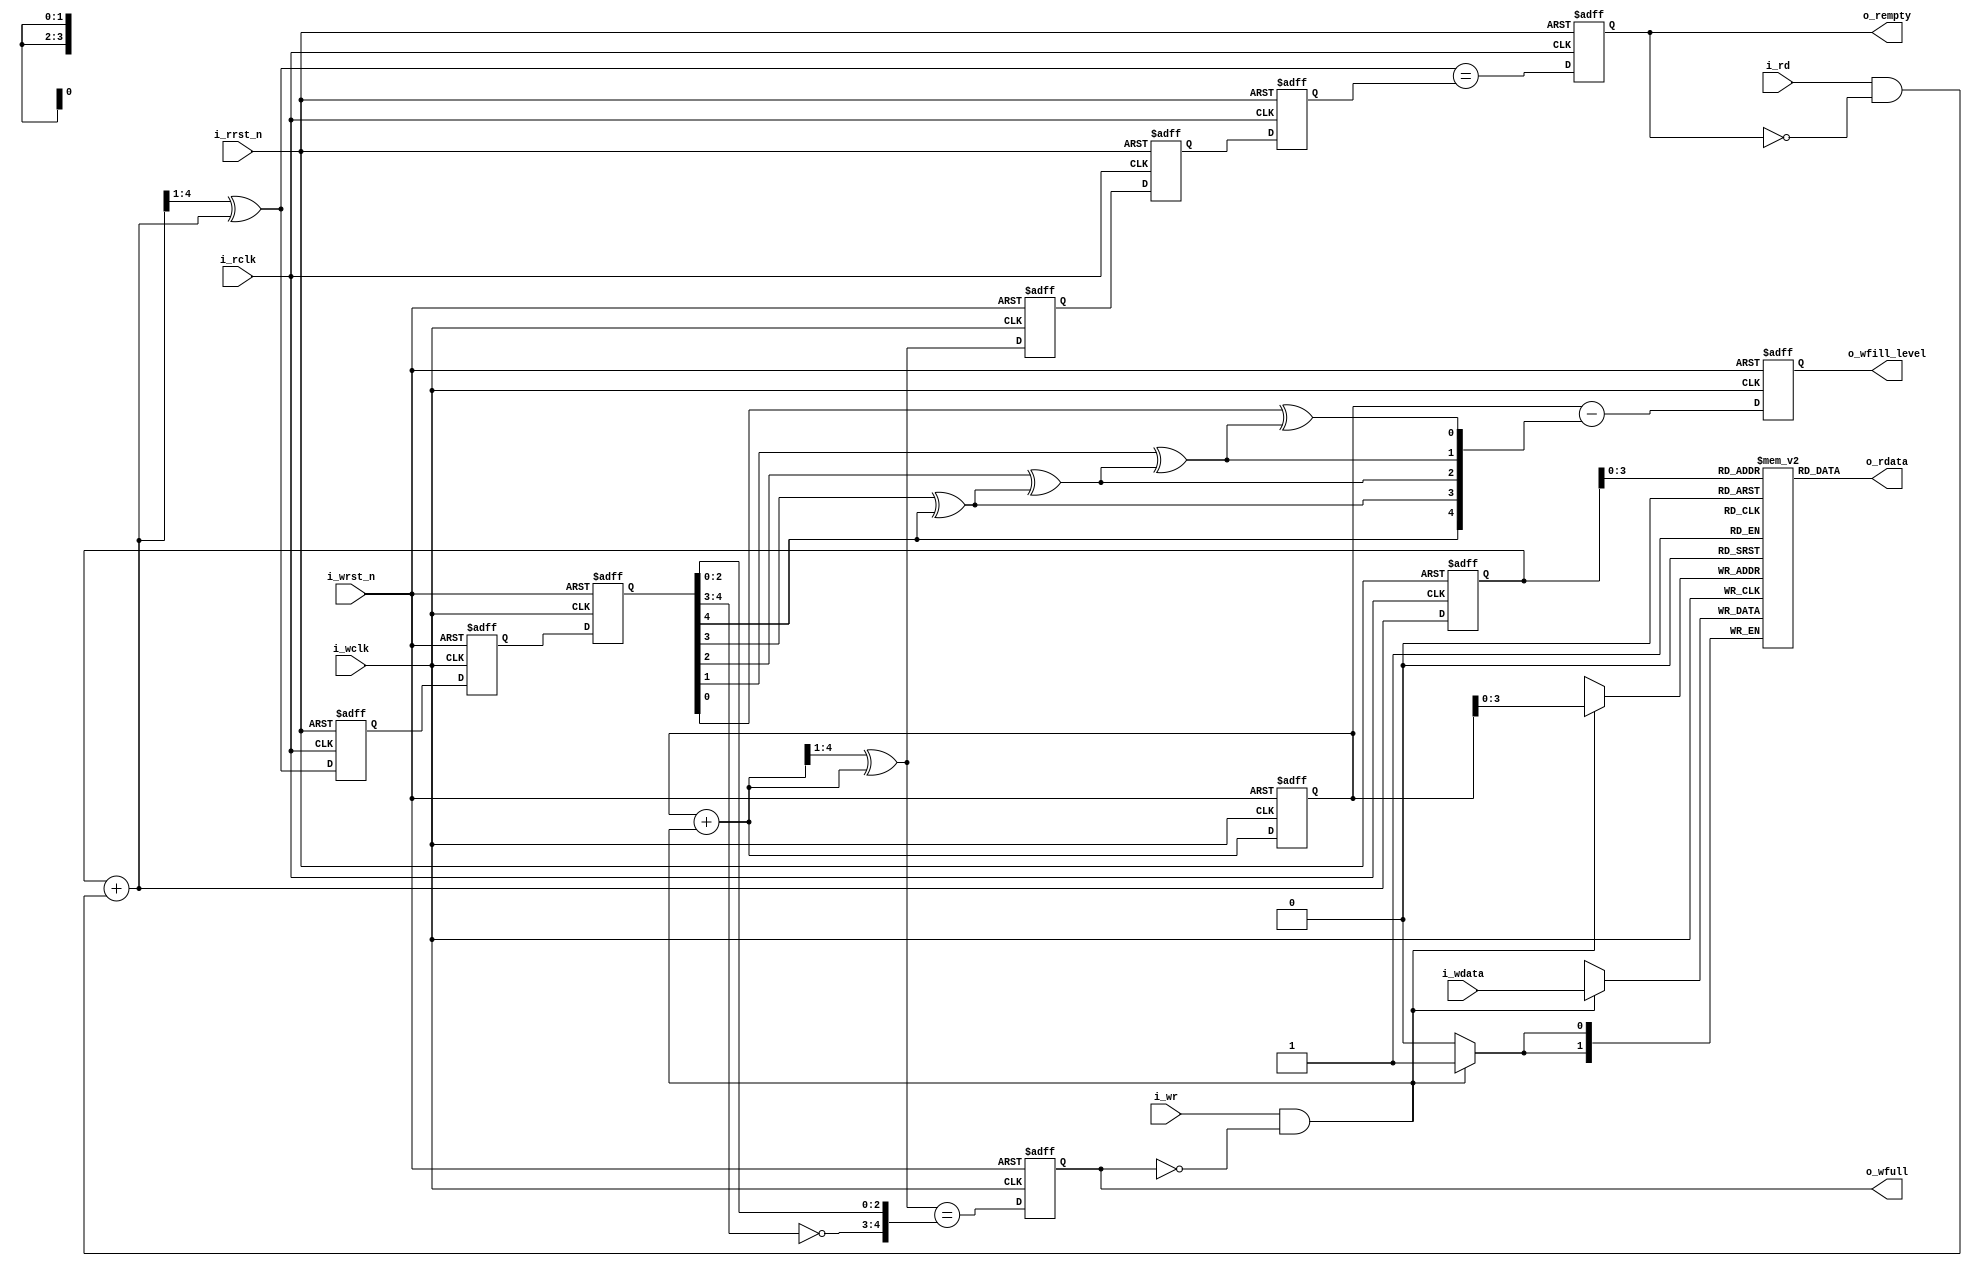
module atxfifo #(
		// {{{
		parameter	DSIZE = 2,
				ASIZE = 4,
		localparam	DW = DSIZE,
				AW = ASIZE
		// }}}
	) (
		// {{{
		input	wire			i_wclk, i_wrst_n, i_wr,
		input	wire	[DW-1:0]	i_wdata,
		output	reg			o_wfull,
		output	reg	[AW:0]		o_wfill_level,
		input	wire			i_rclk, i_rrst_n, i_rd,
		output	wire	[DW-1:0]	o_rdata,
		output	reg			o_rempty
		// }}}
	);

	// Local declarations
	// {{{
	wire	[AW-1:0]	waddr, raddr;
	wire			wfull_next, rempty_next;
	reg	[AW:0]		wgray, wbin, wq2_rgray, wq1_rgray,
				rgray, rbin, rq2_wgray, rq1_wgray;

`ifndef	F_ABSTRACT
	reg	[DW-1:0]	mem	[0:((1<<AW)-1)];
`endif

	wire	[AW:0]		wgraynext, wbinnext;
	reg	[AW:0]	wq2_rbin;

	wire	[AW:0]		rgraynext, rbinnext;

	// }}}
	////////////////////////////////////////////////////////////////////////
	//
	// Write logic
	// {{{
	////////////////////////////////////////////////////////////////////////
	//
	//


	//
	// wq?_rgray: Cross clock domains
	// {{{
	// Cross the read gray pointer into the write clock domain
	initial	{ wq2_rgray,  wq1_rgray } = 0;
	always @(posedge i_wclk or negedge i_wrst_n)
	if (!i_wrst_n)
		{ wq2_rgray, wq1_rgray } <= 0;
	else
		{ wq2_rgray, wq1_rgray } <= { wq1_rgray, rgray };
	// }}}

	// Calculate the next write address, and the next graycode pointer.
	assign	wbinnext  = wbin + { {(AW){1'b0}}, ((i_wr) && (!o_wfull)) };
	assign	wgraynext = (wbinnext >> 1) ^ wbinnext;

	assign	waddr = wbin[AW-1:0];

	// wbin, wgray: Register these two values--the address and its gray code
	// {{{
	// representation
	initial	{ wbin, wgray } = 0;
	always @(posedge i_wclk or negedge i_wrst_n)
	if (!i_wrst_n)
		{ wbin, wgray } <= 0;
	else
		{ wbin, wgray } <= { wbinnext, wgraynext };
	// }}}

	assign	wfull_next = (wgraynext == { ~wq2_rgray[AW:AW-1],
				wq2_rgray[AW-2:0] });

	//
	// o_wfull: Calculate whether or not the register will be full on
	// {{{
	// the next clock.
	initial	o_wfull = 0;
	always @(posedge i_wclk or negedge i_wrst_n)
	if (!i_wrst_n)
		o_wfull <= 1'b0;
	else
		o_wfull <= wfull_next;
	// }}}

	//
	// o_wfill_level: Calculate just how full we are
	// {{{
	// We'll allow this to be a clock or two out of date, allowing the
	// feeding circuit to set a threshold to stop with.
	integer	g2b;
	always @(*)
	begin
		wq2_rbin[AW] = wq2_rgray[AW];
		for(g2b=AW-1; g2b>=0; g2b=g2b-1)
		begin
			wq2_rbin[g2b] = wq2_rgray[g2b] ^ wq2_rbin[g2b+1];
		end
	end

	initial	o_wfill_level = 0;
	always @(posedge i_wclk or negedge i_wrst_n)
	if (!i_wrst_n)
		o_wfill_level <= 0;
	else
		o_wfill_level <= wbin - wq2_rbin;
	// }}}

	// Write to the FIFO on a clock
	// {{{
`ifndef	ABSTRACT
	always @(posedge i_wclk)
	if ((i_wr)&&(!o_wfull))
		mem[waddr] <= i_wdata;
`endif
	// }}}
	// }}}
	////////////////////////////////////////////////////////////////////////
	//
	// Read logic
	// {{{
	////////////////////////////////////////////////////////////////////////
	//
	//

	//
	// rq?_wgray: Cross clock domains
	// {{{
	// Cross the write gray pointer into the read clock domain
	initial	{ rq2_wgray,  rq1_wgray } = 0;
	always @(posedge i_rclk or negedge i_rrst_n)
	if (!i_rrst_n)
		{ rq2_wgray, rq1_wgray } <= 0;
	else
		{ rq2_wgray, rq1_wgray } <= { rq1_wgray, wgray };
	// }}}

	// Calculate the next read address,
	assign	rbinnext  = rbin + { {(AW){1'b0}}, ((i_rd)&&(!o_rempty)) };
	// and the next gray code version associated with it
	assign	rgraynext = (rbinnext >> 1) ^ rbinnext;

	// rbin, rgray -- Register these two values, the read address and the
	// {{{
	// gray code version of it, on the next read clock.  They need to be
	// registered, since rgray is about to cross clock domains next.
	//
	initial	{ rbin, rgray } = 0;
	always @(posedge i_rclk or negedge i_rrst_n)
	if (!i_rrst_n)
		{ rbin, rgray } <= 0;
	else
		{ rbin, rgray } <= { rbinnext, rgraynext };
	// }}}

	// Memory read address gray code and pointer calculation
	assign	raddr = rbin[AW-1:0];

	// Determine if we'll be empty on the next clock
	// {{{
	assign	rempty_next = (rgraynext == rq2_wgray);

	initial o_rempty = 1;
	always @(posedge i_rclk or negedge i_rrst_n)
	if (!i_rrst_n)
		o_rempty <= 1'b1;
	else
		o_rempty <= rempty_next;
	// }}}

	//
	// Read from the memory--a clockless read here, clocked by the next
	// {{{
	// read FLOP in the next processing stage (somewhere else)
	//
`ifdef	ABSTRACT
	assign	o_rdata = $anyseq;
	always @($global_clock)
	if ((!o_rempty)&&(!$rose(i_rclk))&&(!i_rd))
		assume($stable(o_rdata));
`else
	assign	o_rdata = mem[raddr];
`endif
	// }}}
	// }}}
////////////////////////////////////////////////////////////////////////////////
////////////////////////////////////////////////////////////////////////////////
////////////////////////////////////////////////////////////////////////////////
//
// Formal properties
// {{{
////////////////////////////////////////////////////////////////////////////////
////////////////////////////////////////////////////////////////////////////////
////////////////////////////////////////////////////////////////////////////////

`ifdef	FORMAL
`ifdef	ATXFIFO
`define	ASSUME	assume
`define	ASSERT	assert
`else
`define	ASSUME	assert
`define	ASSERT	assume
`endif
	//
	// Set up the f_past_valid registers.  We'll need one for each of
	// the three clock domains: write, read, and the global simulation
	// clock.
	//
	reg	f_past_valid_rd, f_past_valid_wr, f_past_valid_gbl;

	initial	f_past_valid_rd  = 0;
	initial	f_past_valid_wr  = 0;
	initial	f_past_valid_gbl = 0;
	always @($global_clock)
		f_past_valid_gbl <= 1'b1;
	always @(posedge i_wclk)
		f_past_valid_wr  <= 1'b1;
	always @(posedge i_rclk)
		f_past_valid_rd  <= 1'b1;

	always @(*)
	if (!f_past_valid_gbl)
		assert((!f_past_valid_wr)&&(!f_past_valid_rd));

`ifdef	ATXFIFO
	////////////////////////////////
	//
	// Setup the two clocks themselves.  We'll assert nothing regarding
	// their relative phases or speeds.
	//
	////////////////////////////////
	//
	localparam	F_CLKBITS=5;
	wire	[F_CLKBITS-1:0]	f_wclk_step, f_rclk_step;
	assign	f_wclk_step = $anyconst;
	assign	f_rclk_step = $anyconst;
	always @(*)
		assume(f_wclk_step != 0);
	always @(*)
		assume(f_rclk_step != 0);

	reg	[F_CLKBITS-1:0]	f_wclk_count, f_rclk_count;

	always @($global_clock)
		f_wclk_count <= f_wclk_count + f_wclk_step;
	always @($global_clock)
		f_rclk_count <= f_rclk_count + f_rclk_step;

	always @(*)
	begin
		assume(i_wclk == f_wclk_count[F_CLKBITS-1]);
		assume(i_rclk == f_rclk_count[F_CLKBITS-1]);
	end

	////////////////////////////////
	//
	// Assumptions regarding the two reset inputs.  We'll insist that
	// the reset inputs follow some external reset logic, and that both
	// may be asynchronously asserted from that external reset wire, and
	// only ever synchronously de-asserted.
	//
	////////////////////////////////
	//
	wire	f_areset_n;
	assign	f_areset_n = $anyseq;

	reg	[1:0]	f_sync_reset_rd, f_sync_reset_wr;

	// Write reset--asynchronously asserted on f_areset_n, synchronously
	// deasserted
	initial	f_sync_reset_wr = 2'b00;
	always @(posedge i_wclk or negedge f_areset_n)
	begin
		if (!f_areset_n)
			f_sync_reset_wr <= 2'b00;
		else
			f_sync_reset_wr <= { f_sync_reset_wr[0], 1'b1 };
	end

	// f_sync_reset_wr can never be in state 2'b10, assert that
	// fact to keep induction working
	always @(*)
		assert(f_sync_reset_wr != 2'b10);

	always @(*)
		assume(i_wrst_n == f_sync_reset_wr[1]);

	// Write reset--asynchronously asserted on f_areset_n, synchronously
	// deasserted
	initial	f_sync_reset_rd = 2'b00;
	always @(posedge i_rclk or negedge f_areset_n)
	begin
		if (!f_areset_n)
			f_sync_reset_rd <= 2'b00;
		else
			f_sync_reset_rd <= { f_sync_reset_rd[0], 1'b1 };
	end
	always @(*)
		assume(i_rrst_n == f_sync_reset_rd[1]);

	// f_sync_reset_rd, like f_sync_reset_wr, can never be in state 2'b10,
	// assert that fact to keep induction working
	always @(*)
		assert(f_sync_reset_rd != 2'b10);
`endif


	////////////////////////////////////////////////////
	//
	// Now let's make some assumptions about how our inputs can only ever
	// change on a clock edge.
	//
	////////////////////////////////////////////////////
	//
	always @($global_clock)
	if (f_past_valid_gbl)
	begin
		if (!$rose(i_wclk))
		begin
			`ASSUME($stable(i_wr));
			`ASSUME($stable(i_wdata));
			`ASSERT($stable(o_wfull)||(!i_wrst_n));
		end

		if ((!$rose(i_rclk))&&($stable(i_rrst_n)))
		begin
			`ASSUME($stable(i_rd));
			`ASSERT((o_rempty)||($stable(o_rdata)));
			`ASSERT((!i_rrst_n)||($stable(o_rempty)));
		end
	end


	////////////////////////////////////////////////////
	//
	// Following any reset, several values must be in a known
	// configuration--including cross clock values.  assert
	// those here to insure a consistent state, to include the
	// states of their cross-clock domain counterparts.
	//
	////////////////////////////////////////////////////
	//
	always @(*)
	if ((!f_past_valid_wr)||(!i_wrst_n))
	begin
		`ASSUME(i_wr == 0);
		//
		`ASSERT(wgray == 0);
		`ASSERT(wbin == 0);
		`ASSERT(wq1_rgray == 0);
		`ASSERT(wq2_rgray == 0);
		`ASSERT(rq1_wgray == 0);
		`ASSERT(rq2_wgray == 0);
	end

	always @(*)
	if ((!f_past_valid_rd)||(!i_rrst_n))
	begin
		`ASSUME(i_rd == 0);
		//
		`ASSERT(rgray == 0);
		`ASSERT(rbin == 0);
		`ASSERT(rq1_wgray == 0);
		`ASSERT(rq2_wgray == 0);
		`ASSERT(wq1_rgray == 0);
		`ASSERT(wq2_rgray == 0);
	end

	////////////////////////////////////////////////////
	//
	// Calculate the fill level of the FIFO.
	//
	////////////////////////////////////////////////////
	//
	//
	// First, let's examine the asynchronous fill.  This is the "true"
	// fill of the FIFO that's never really known in either clock domain,
	// but we can fake it here in our "formal" environment.
	wire	[AW:0]		f_fill;

	assign	f_fill = (wbin - rbin);

	initial	assert(f_fill == 0);
	always @($global_clock)
		`ASSERT(f_fill <= { 1'b1, {(AW){1'b0}} });

	// Any time the FIFO is full, o_wfull should be true.  It may take a
	// clock or two to clear, though, so this is an implication and not
	// an equals.
	always @(*)
	if (f_fill == {1'b1,{(AW){1'b0}} })
		`ASSERT(o_wfull);

	// If the FIFO is about to be full, the logic should be able
	// to detect that condition.
	always @(*)
	if (f_fill == {1'b0,{(AW){1'b1}} })
		`ASSERT((wfull_next)||(!i_wr)||(o_wfull));

	// Any time the FIFO is empty, o_rempty should be true.  It may be
	// asserted true at other times as well (i.e. there's a lag before
	// its cleared), so this is an implication and not an equals.
	always @(*)
	if (f_fill == 0)
		`ASSERT(o_rempty);

	// If the FIFO is about to be empty, the logic should be able
	// to detect that condition as well.
	always @(*)
	if (f_fill == 1)
		`ASSERT((rempty_next)||(!i_rd)||(o_rempty));

	// The "wgray" variable should be a gray-coded copy of the binary
	// address wbin.
	always @(*)
		`ASSERT(wgray == ((wbin>>1)^wbin));
	// Same for rgray, the read gray register
	always @(*)
		`ASSERT(rgray == ((rbin>>1)^rbin));

	// The indication that the FIFO is full is that wgray and rgray are
	// equal--save that the top two bits of wgray need to be flipped for
	// this comparison.  See the paper for the details of this operation,
	// and why flipping these bits is necessary.
	always @(*)
	`ASSERT( (rgray == { ~wgray[AW:AW-1], wgray[AW-2:0] })
		== (f_fill == { 1'b1, {(AW){1'b0}} }) );

	// The gray pointers should only ever equal if the FIFO is empty,
	// hence the fill should be zero
	always @(*)
		`ASSERT((rgray == wgray) == (f_fill == 0));

	////////
	//
	// Now repeat, but this time from the reader or writers perspective
	//
	////////
	reg	[AW:0]	f_w2r_rbin, f_w1r_rbin,
			f_r2w_wbin, f_r1w_wbin;
	wire	[AW:0]	f_w2r_fill, f_r2w_fill;

	// Cross the binary value across clock domains.  Since this is formal,
	// and not real hardware, there's no metastability concerns requiring
	// grayscale.  Hence we can cross the full binary (address count) value
	always @(posedge i_wclk or negedge i_wrst_n)
	if (!i_wrst_n)
		{ f_w2r_rbin, f_w1r_rbin } <= 0;
	else
		{ f_w2r_rbin, f_w1r_rbin } <= { f_w1r_rbin, rbin };

	always @(posedge i_rclk or negedge i_rrst_n)
	if (!i_rrst_n)
		{ f_r2w_wbin, f_r1w_wbin } <= 0;
	else
		{ f_r2w_wbin, f_r1w_wbin } <= { f_r1w_wbin, wbin };

	//
	// Now calculate the fill from the perspective of each of the two
	// clock domains
	assign	f_w2r_fill = wbin - f_w2r_rbin;
	assign	f_r2w_fill = f_r2w_wbin - rbin;

always @(posedge i_wclk)
if ((f_past_valid_wr)&&(wbin==5)&&(i_wrst_n))
assert(o_wfill_level == $past(f_w2r_fill));

	// And assert that the fill is always less than or equal to full.
	// This catches underrun as well as overflow, since underrun will
	// look like the fill suddenly increases
	always @(*)
		`ASSERT(f_w2r_fill <= { 1'b1, {(AW){1'b0}} });
	always @(*)
		`ASSERT(f_r2w_fill <= { 1'b1, {(AW){1'b0}} });

	// From the writers perspective, anytime the gray pointers are
	// equal save for the top bit, the FIFO is full and should be asserted
	// as such.  It is possible for the FIFO to be asserted as full at
	// some other times as well.
	always @(*)
	if (wgray == { ~wq2_rgray[AW:AW-1], wq2_rgray[AW-2:0] })
		`ASSERT(o_wfull);

	// The same basic principle applies to the reader as well.  From the
	// readers perspective, anytime the gray pointers are equal the FIFO
	// is empty, and should be asserted as such.
	always @(*)
	if (rgray == rq2_wgray)
		`ASSERT(o_rempty);

	////////////////////////////////////////////////////
	//
	// One of the keys properties of this algorithm is that
	// no more than one bit of the gray coded values will ever
	// change from one clock and clock domain to the next.
	// Since this is a fundamental property of this algorithm,
	// let's make certain the algorithm is operating as we think
	// it should.
	//
	////////////////////////////////////////////////////
	//
	//
`ifdef	ONEHOT
	always @(*)
		assert((wgray == wgray_next)
			||($onehot(wgray ^ wgray_next)));
	always @(*)
		assert((rq2_wgray == rq1_wgray)
			||($onehot(rq2_wgray ^ rq1_wgray)));
`else
	genvar	k;
	generate for(k=0; k<= AW; k=k+1)
	begin : CHECK_ONEHOT_WGRAY
		always @(*)
			`ASSERT((wgray[k] == wgraynext[k])
				||(wgray ^ wgraynext ^ (1<<k) == 0));
		always @(*)
			`ASSERT((rq2_wgray[k] == rq1_wgray[k])
				||(rq2_wgray ^ rq1_wgray ^ (1<<k) == 0));
	end endgenerate
`endif

`ifdef ONEHOT
	always @(*)
		assert((rgray == rgray_next)
			||($onehot(rgray ^ rgray_next)));
	always @(*)
		assert((wq2_rgray == wq1_rgray)
			||($onehot(wq2_rgray ^ wq1_rgray)));
`else
	genvar	k;
	generate for(k=0; k<= AW; k=k+1)
	begin : CHECK_ONEHOT_RGRAY
		always @(*)
			`ASSERT((rgray[k] == rgraynext[k])
				||(rgray ^ rgraynext ^ (1<<k) == 0));
		always @(*)
			`ASSERT((wq2_rgray[k] == wq1_rgray[k])
				||(wq2_rgray ^ wq1_rgray ^ (1<<k) == 0));
	end endgenerate
`endif

`ifdef	ATXFIFO
	////////////////////////////////////////////////////
	//
	// Some cover statements, to make sure valuable states
	// are even reachable
	//
	////////////////////////////////////////////////////
	//

	// Make sure a reset is possible in either domain
	always @(posedge i_wclk)
		cover(i_wrst_n);

	always @(posedge i_rclk)
		cover(i_rrst_n);

	always @($global_clock)
	if (f_past_valid_gbl)
		cover((o_rempty)&&(!$past(o_rempty)));

	always @(*)
	if (f_past_valid_gbl)
		cover(o_wfull);

	always @(posedge i_wclk)
	if (f_past_valid_wr)
		cover($past(o_wfull)&&($past(i_wr))&&(o_wfull));

	always @(posedge i_wclk)
	if (f_past_valid_wr)
		cover($past(o_wfull)&&(!o_wfull));

	always @(posedge i_wclk)
		cover((o_wfull)&&(i_wr));

	always @(posedge i_wclk)
		cover(i_wr);

	always @(posedge i_rclk)
		cover((o_rempty)&&(i_rd));
`endif
`endif
// }}}
endmodule